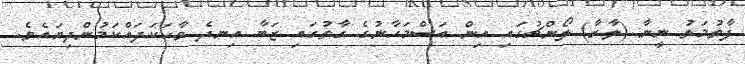
ފާތުމަތު ނީނާ (ލާރާ) ލޯންޗުގައި އިން އަސްމަހާނުގެ ގާތުގައި ޒަބާ އިނދެ ވާހަކަދައްކަމުންދިޔައެވެ.